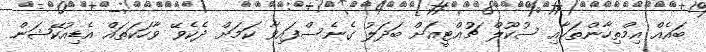
ބައެއް އިމްތިހާންތަކާއި ސުކޫލް ޗުއްޓީއަށް ބަދަލު ގެނެސްފައިވާ ކަމަށް ދެކެވޭ ވާހަކަތައް އެޑިއުކޭޝަން